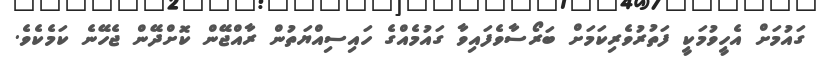
ގައުމަށް އެހީވުމަކީ ފަތުރުވެރިކަމަށް ބަރޯސާވެފައިވާ ގައުމެއްގެ ހައިސިއްޔަތުން ރާއްޖޭން ކޮށްދޭން ޖެހޭނެ ކަމެކެވެ.